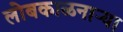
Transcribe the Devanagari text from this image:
लोबकाळनाऱ्या